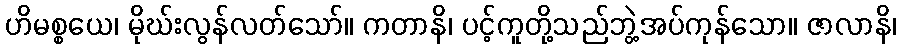
ဟိမစ္စယေ၊ မိုဃ်းလွန်လတ်သော်။ ကတာနိ၊ ပင့်ကူတို့သည်ဘွဲ့အပ်ကုန်သော။ ဇာလာနိ၊